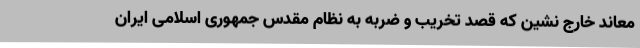
معاند خارج نشین که قصد تخریب و ضربه به نظام مقدس جمهوری اسلامی ایران